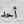
أحد